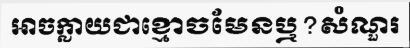
អាចក្លាយជាខ្មោចមែនឬ?សំណួរ